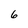
Character: 6